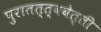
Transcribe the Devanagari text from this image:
पुरातत्त्ववेत्ती